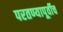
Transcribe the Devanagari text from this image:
परतण्यापूर्वीच